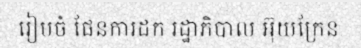
រៀបចំ ផែនការដក រដ្ឋាភិបាល អ៊ុយក្រែន